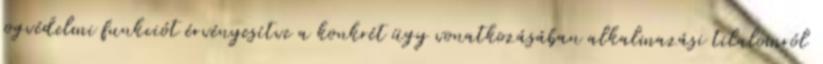
jogvédelmi funkciót érvényesítve a konkrét ügy vonatkozásában alkalmazási tilalomról